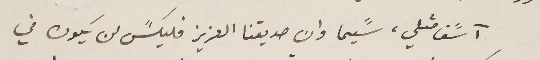
آسًف مثلي، سًيما وان صديقنا العزيز فليكسً لن يكون في